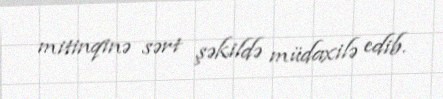
mitinqinə sərt şəkildə müdaxilə edib.